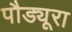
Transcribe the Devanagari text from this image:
पौड्यूरा